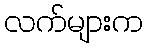
လက်များက